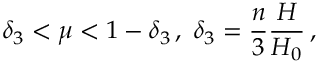
\delta _ { 3 } < \mu < 1 - \delta _ { 3 } \, , \; \delta _ { 3 } = \frac { n } { 3 } \frac { H } { H _ { 0 } } \, ,